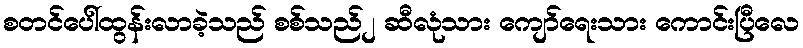
စတင်ပေါ်ထွန်းလာခဲ့သည် စစ်သည်၂ ဆီလုံသား ကျော်ရေးသား ကောင်းပြီလေ